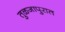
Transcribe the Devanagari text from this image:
तुळजापुरात